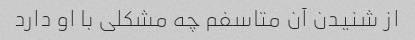
از شنیدن آن متاسفم چه مشکلی با او دارد